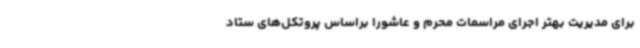
برای مدیریت بهتر اجرای مراسمات محرم و عاشورا براساس پروتکل‌های ستاد